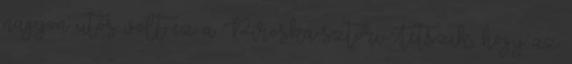
nagyon ütős volt ez a Piroska-sztori Tetszik, hogy az